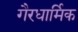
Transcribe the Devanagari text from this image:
गैरधार्मिक